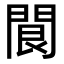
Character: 䦘